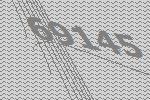
69145